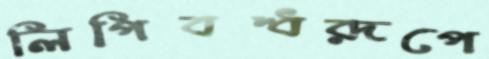
লিপিবদ্ধরূপে